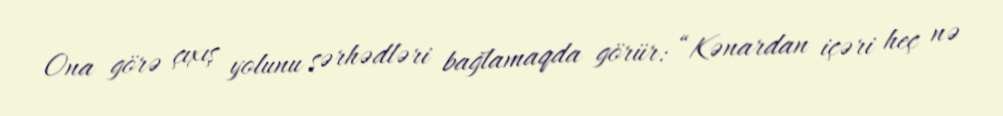
Ona görə çıxış yolunu sərhədləri bağlamaqda görür: “Kənardan içəri heç nə